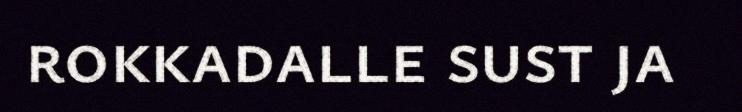
rokkadalle sust ja